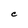
Character: C